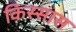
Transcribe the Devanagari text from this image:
किस्सास